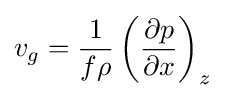
v_{g}={\frac {1}{f\rho }}\left({\frac {\partial p}{\partial x}}\right)_{z}